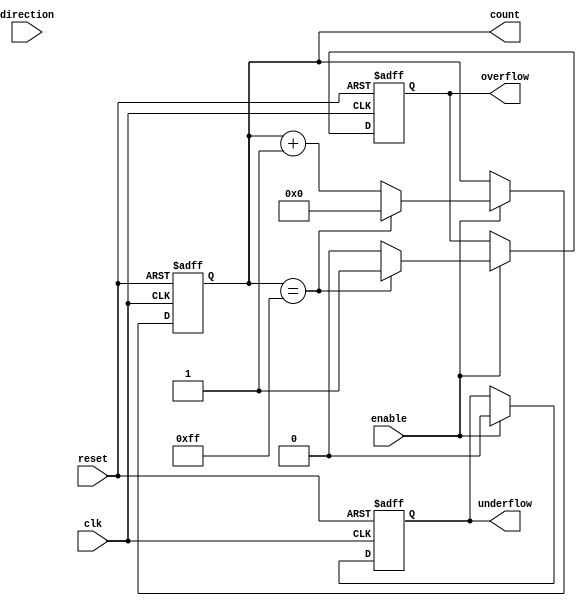
module ParameterizedCounter #(
    parameter WIDTH = 8,                // Number of bits for the counter
    parameter MODE = 0                   // 0: UP, 1: DOWN, 2: UP_DOWN
)(
    input wire clk,                      // Clock signal
    input wire reset,                    // Asynchronous reset
    input wire enable,                   // Enable signal
    input wire direction,                // Direction signal (1 for up, 0 for down, used in UP_DOWN mode)
    output reg [WIDTH-1:0] count,       // Current count value
    output reg overflow,                 // Overflow flag
    output reg underflow                 // Underflow flag
);

    // Internal parameters for maximum and minimum values
    localparam MAX_COUNT = (1 << WIDTH) - 1; // Maximum value for the counter
    localparam MIN_COUNT = 0;                 // Minimum value for the counter

    // Always block for counter operation
    always @(posedge clk or posedge reset) begin
        if (reset) begin
            count <= 0;                       // Reset the counter
            overflow <= 0;                    // Clear overflow flag
            underflow <= 0;                   // Clear underflow flag
        end else if (enable) begin
            overflow <= 0;                    // Clear overflow flag
            underflow <= 0;                   // Clear underflow flag

            case (MODE)
                0: begin // UP mode
                    if (count == MAX_COUNT) begin
                        count <= 0;              // Wrap around
                        overflow <= 1;           // Set overflow flag
                    end else begin
                        count <= count + 1;     // Increment
                    end
                end
                1: begin // DOWN mode
                    if (count == MIN_COUNT) begin
                        count <= 0;              // Remain at zero
                        underflow <= 1;          // Set underflow flag
                    end else begin
                        count <= count - 1;     // Decrement
                    end
                end
                2: begin // UP_DOWN mode
                    if (direction) begin // Count up
                        if (count == MAX_COUNT) begin
                            count <= 0;          // Wrap around
                            overflow <= 1;       // Set overflow flag
                        end else begin
                            count <= count + 1;  // Increment
                        end
                    end else begin // Count down
                        if (count == MIN_COUNT) begin
                            count <= 0;          // Remain at zero
                            underflow <= 1;      // Set underflow flag
                        end else begin
                            count <= count - 1;  // Decrement
                        end
                    end
                end
                default: begin
                    count <= count;              // No change for invalid mode
                end
            endcase
        end
    end

endmodule